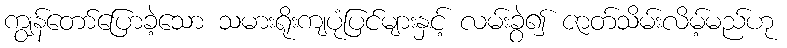
ကျွန်တော်ပြောခဲ့သော သမားရိုးကျပုံပြင်များနှင့် လမ်းခွဲ၍ ဇာတ်သိမ်းလိမ့်မည်ဟု